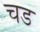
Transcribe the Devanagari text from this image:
चड